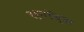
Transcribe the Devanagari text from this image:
स्नॉब्स